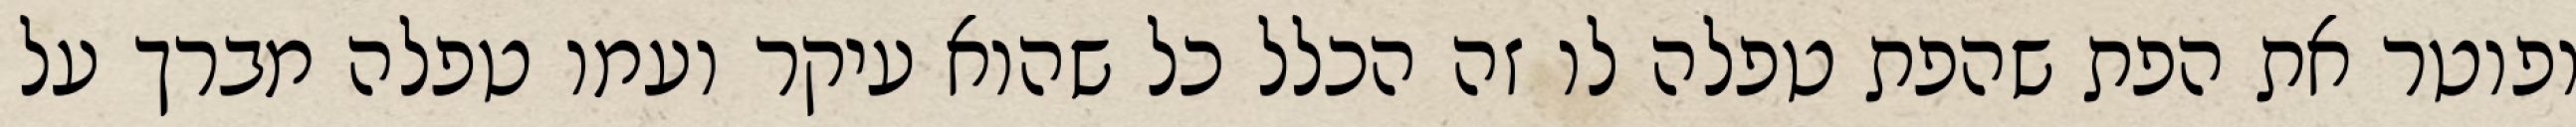
ופוטר את הפת שהפת טפלה לו זה הכלל כל שהוא עיקר ועמו טפלה מברך על